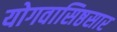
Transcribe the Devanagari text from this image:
योगवासिष्ठसार